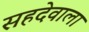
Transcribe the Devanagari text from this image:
सहदेवाला